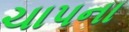
ચાપના